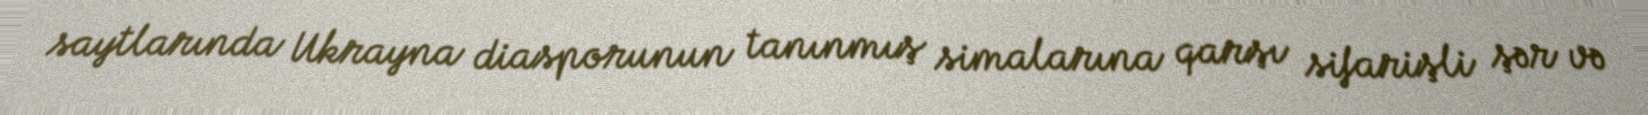
saytlarında Ukrayna diasporunun tanınmış simalarına qarşı sifarişli şər və